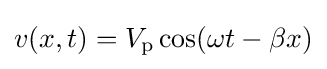
v(x,t)=V_{\text{p}}\cos(\omega t-\beta x)